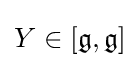
Y\in [{\mathfrak {g}},{\mathfrak {g}}]